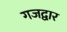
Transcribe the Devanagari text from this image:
गजद्वार